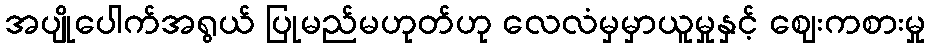
အပျိုပေါက်အရွယ် ပြုမည်မဟုတ်ဟု လေလံမှမှာယူမှုနှင့် ဈေးကစားမှု